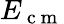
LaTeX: E_{\mathrm{~c~m~}}